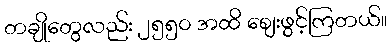
တချိုတွေလည်း ၂၅၅၀ အထိ စျေးဖွင့်ကြတယ်။